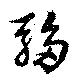
騶